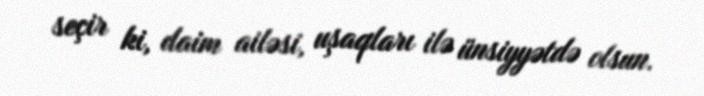
seçir ki, daim ailəsi, uşaqları ilə ünsiyyətdə olsun.